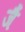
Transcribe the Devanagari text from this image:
जैं